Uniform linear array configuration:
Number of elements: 4
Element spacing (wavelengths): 0.5
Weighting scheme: kaiser
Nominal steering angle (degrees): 45
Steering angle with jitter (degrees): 45.562
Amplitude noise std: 0.05
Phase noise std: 0.05

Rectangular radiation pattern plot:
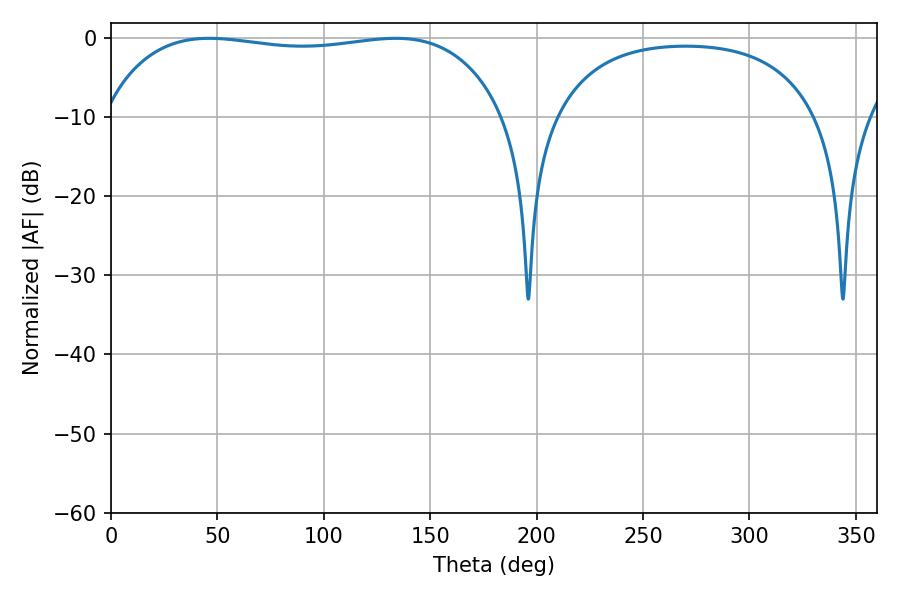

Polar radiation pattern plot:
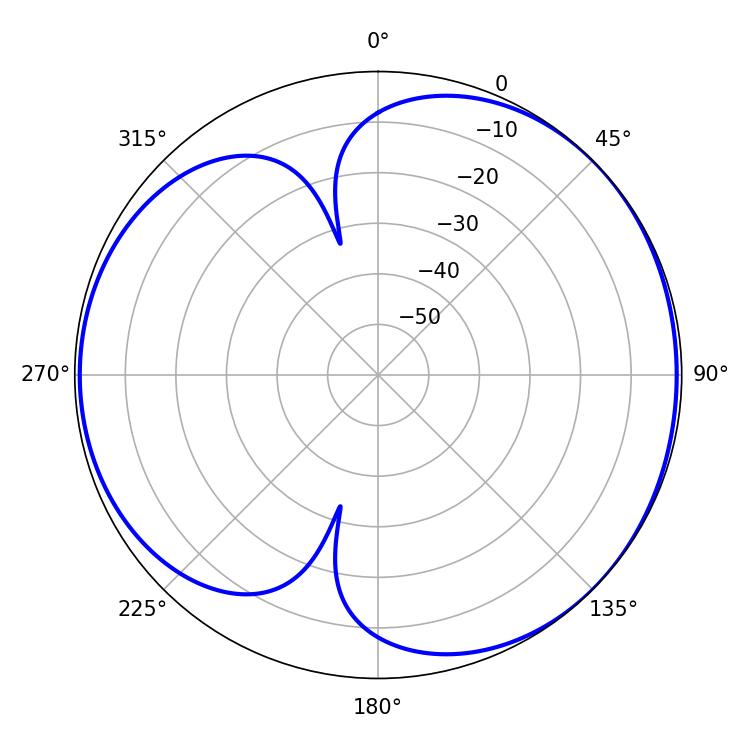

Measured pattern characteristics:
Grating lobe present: FALSE
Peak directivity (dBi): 4.484
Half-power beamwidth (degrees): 151.2
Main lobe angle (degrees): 46.08